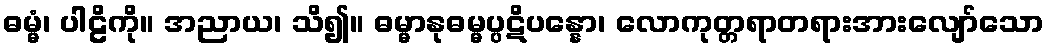
ဓမ္မံ၊ ပါဠိကို။ အညာယ၊ သိ၍။ ဓမ္မာနုဓမ္မပ္ပဋိပန္နော၊ လောကုတ္တရာတရားအားလျော်သော